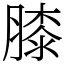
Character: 膝